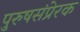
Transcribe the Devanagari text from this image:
पुरुषसंप्रेरक